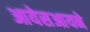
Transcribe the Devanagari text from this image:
आयेसआयने